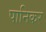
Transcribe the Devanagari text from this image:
पानिकर